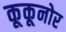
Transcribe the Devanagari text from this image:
कूकूनोर